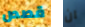
قصص ان